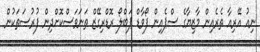
ނިއު އޭރިއާ ތެރެއިން މާޒިޔާގެ ސްޕެއިން ފޯވާޑް ޕަބްލޯ ރޮޑްރިގޭޒް ތަނަވަސްކޮށްދިން ފުރުސަތަކުން